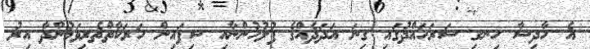
އެ ހާދިސާ ހިނގި ސަރަހައްދުގައި ގިނަ އަދަދެއްގެ ފުލުހުންނާއި ސިފައިން ހަރަކާތްތެރިވަމުންދާ އިރު